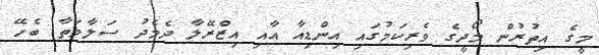
މީގެ އިތުރުން މޯދީގެ ވެރިކަމުގައި އިންޑިއާ އާއި އިޒްރޭލާ ދެމެދު ސަލާމަތާ ބެހޭ